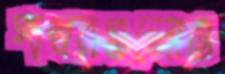
পাথরগুলোও